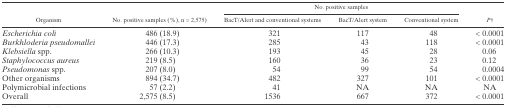
<table><thead><tr><td rowspan="2"><b>Organism</b></td><td rowspan="2"><b>No. positive samples (%), n = 2,575)</b></td><td colspan="3"><b>No. positive samples</b></td><td rowspan="2"><b><i>P</i>†</b></td></tr><tr><td><b>BacT/Alert and conventional systems</b></td><td><b>BacT/Alert system</b></td><td><b>Conventional system</b></td></tr></thead><tbody><tr><td><i>Escherichia coli</i></td><td>486 (18.9)</td><td>321</td><td>117</td><td>48</td><td>&lt; 0.0001</td></tr><tr><td><i>Burkhloderia pseudomallei</i></td><td>446 (17.3)</td><td>285</td><td>43</td><td>118</td><td>&lt; 0.0001</td></tr><tr><td><i>Klebsiella</i> spp.</td><td>266 (10.3)</td><td>193</td><td>45</td><td>28</td><td>0.06</td></tr><tr><td><i>Staphylococcus aureus</i></td><td>219 (8.5)</td><td>160</td><td>36</td><td>23</td><td>0.12</td></tr><tr><td><i>Pseudomonas</i> spp.</td><td>207 (8.0)</td><td>54</td><td>99</td><td>54</td><td>0.0004</td></tr><tr><td>Other organisms</td><td>894 (34.7)</td><td>482</td><td>327</td><td>101</td><td>&lt; 0.0001</td></tr><tr><td>Polymicrobial infections</td><td>57 (2.2)</td><td>41</td><td>NA</td><td>NA</td><td>NA</td></tr><tr><td>Overall</td><td>2,575 (8.5)</td><td>1536</td><td>667</td><td>372</td><td>&lt; 0.0001</td></tr></tbody></table>